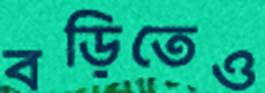
বড়িতেও